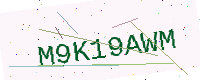
Text: M9K19AWM